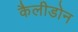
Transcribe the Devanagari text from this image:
कैलीडोन